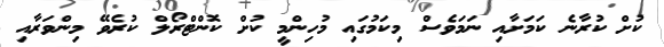
ކުށް ކުރާނެ ކަމަށާއި ނަމަވެސް މިކަމުގައި މުހިންމީ ކުށް ކޮންޓްރޯލް ކުރެވޭ މިންވަރާއި